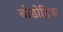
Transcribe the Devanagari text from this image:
बोडोट्रिया